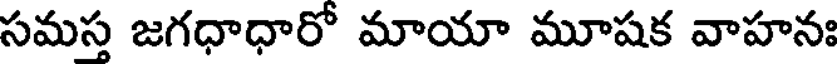
సమస్త జగధాధారో మాయా మూషక వాహనః